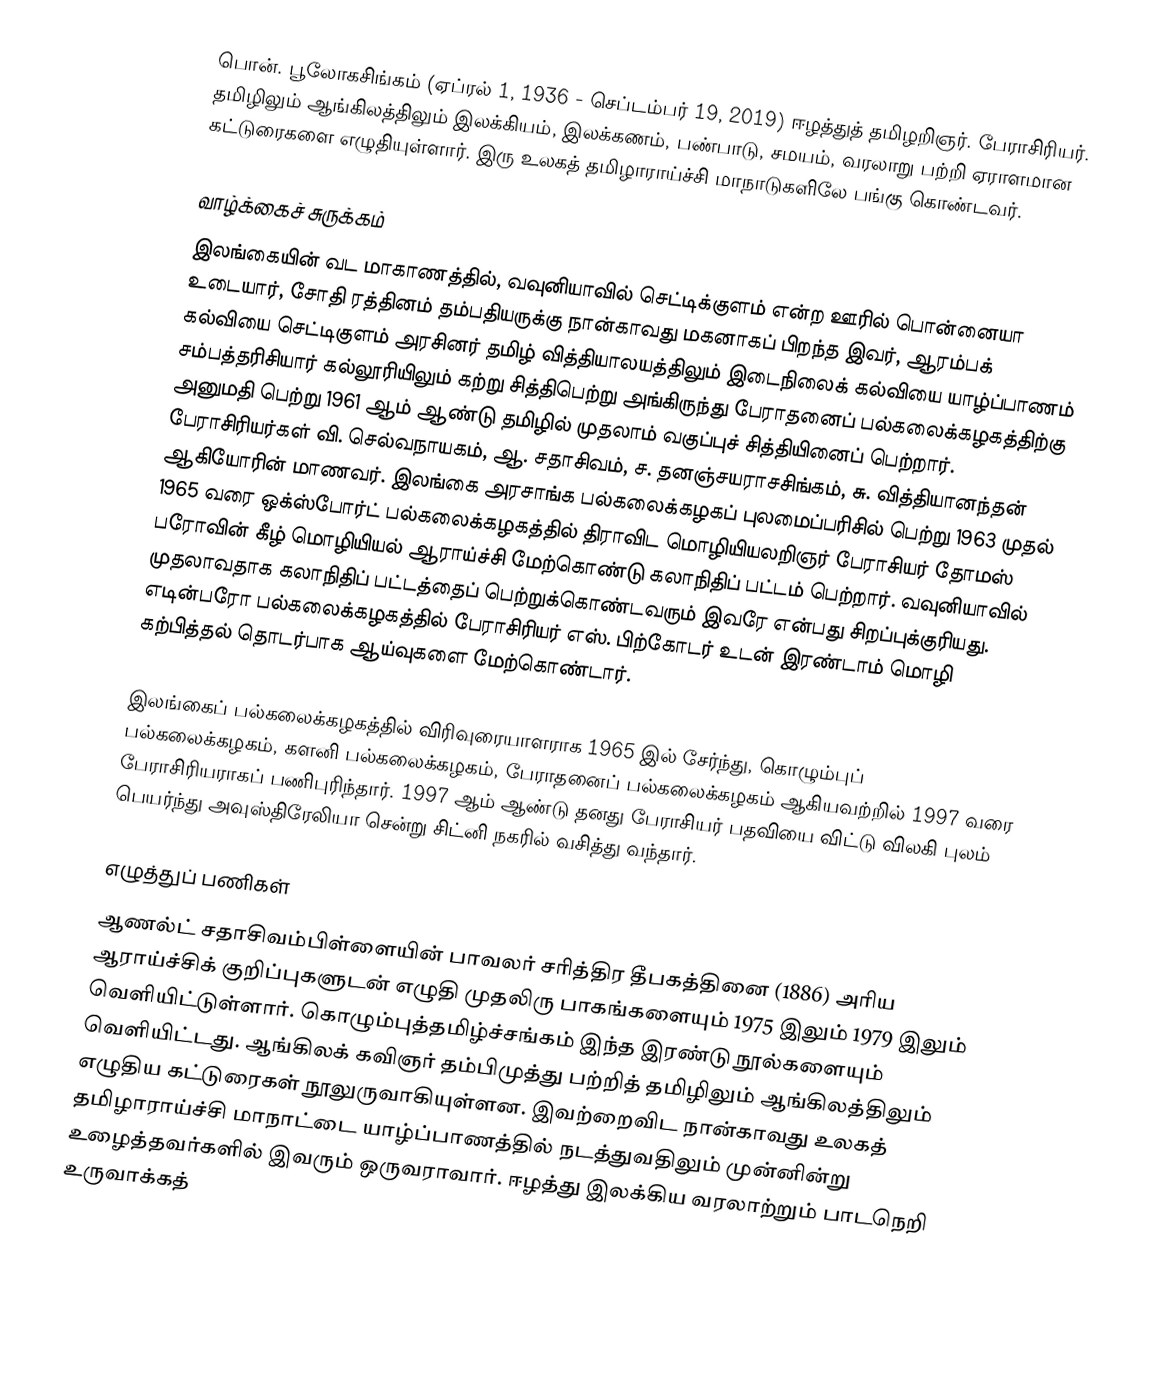
பொன். பூலோகசிங்கம் (ஏப்ரல் 1, 1936 - செப்டம்பர் 19, 2019) ஈழத்துத் தமிழறிஞர். பேராசிரியர். தமிழிலும் ஆங்கிலத்திலும் இலக்கியம், இலக்கணம், பண்பாடு, சமயம், வரலாறு பற்றி ஏராளமான கட்டுரைகளை எழுதியுள்ளார். இரு உலகத் தமிழாராய்ச்சி மாநாடுகளிலே பங்கு கொண்டவர்.

வாழ்க்கைச் சுருக்கம்
இலங்கையின் வட மாகாணத்தில், வவுனியாவில் செட்டிக்குளம் என்ற ஊரில் பொன்னையா உடையார், சோதி ரத்தினம் தம்பதியருக்கு நான்காவது மகனாகப் பிறந்த இவர், ஆரம்பக் கல்வியை செட்டிகுளம் அரசினர் தமிழ் வித்தியாலயத்திலும் இடைநிலைக் கல்வியை யாழ்ப்பாணம் சம்பத்தரிசியார் கல்லூரியிலும் கற்று சித்திபெற்று அங்கிருந்து பேராதனைப் பல்கலைக்கழகத்திற்கு அனுமதி பெற்று 1961 ஆம் ஆண்டு தமிழில் முதலாம் வகுப்புச் சித்தியினைப் பெற்றார். பேராசிரியர்கள் வி. செல்வநாயகம், ஆ. சதாசிவம், ச. தனஞ்சயராசசிங்கம், சு. வித்தியானந்தன் ஆகியோரின் மாணவர். இலங்கை அரசாங்க பல்கலைக்கழகப் புலமைப்பரிசில் பெற்று 1963 முதல் 1965 வரை ஒக்ஸ்போர்ட் பல்கலைக்கழகத்தில் திராவிட மொழியியலறிஞர் பேராசியர் தோமஸ் பரோவின் கீழ் மொழியியல் ஆராய்ச்சி மேற்கொண்டு கலாநிதிப் பட்டம் பெற்றார். வவுனியாவில் முதலாவதாக கலாநிதிப் பட்டத்தைப் பெற்றுக்கொண்டவரும் இவரே என்பது சிறப்புக்குரியது. எடின்பரோ பல்கலைக்கழகத்தில் பேராசிரியர் எஸ். பிற்கோடர் உடன் இரண்டாம் மொழி கற்பித்தல் தொடர்பாக ஆய்வுகளை மேற்கொண்டார்.

இலங்கைப் பல்கலைக்கழகத்தில் விரிவுரையாளராக 1965 இல் சேர்ந்து, கொழும்புப் பல்கலைக்கழகம், களனி பல்கலைக்கழகம், பேராதனைப் பல்கலைக்கழகம் ஆகியவற்றில் 1997 வரை பேராசிரியராகப் பணிபுரிந்தார். 1997 ஆம் ஆண்டு தனது பேராசியர் பதவியை விட்டு விலகி புலம் பெயர்ந்து அவுஸ்திரேலியா சென்று சிட்னி நகரில் வசித்து வந்தார்.

எழுத்துப் பணிகள்
ஆணல்ட் சதாசிவம்பிள்ளையின் பாவலர் சரித்திர தீபகத்தினை (1886) அரிய ஆராய்ச்சிக் குறிப்புகளுடன் எழுதி முதலிரு பாகங்களையும் 1975 இலும் 1979 இலும் வெளியிட்டுள்ளார். கொழும்புத்தமிழ்ச்சங்கம் இந்த இரண்டு நூல்களையும் வெளியிட்டது. ஆங்கிலக் கவிஞர் தம்பிமுத்து பற்றித் தமிழிலும் ஆங்கிலத்திலும் எழுதிய கட்டுரைகள் நூலுருவாகியுள்ளன. இவற்றைவிட நான்காவது உலகத் தமிழாராய்ச்சி மாநாட்டை யாழ்ப்பாணத்தில் நடத்துவதிலும் முன்னின்று உழைத்தவர்களில் இவரும் ஒருவராவார். ஈழத்து இலக்கிய வரலாற்றும் பாடநெறி உருவாக்கத்